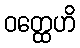
ဝတ္ထေဟိ